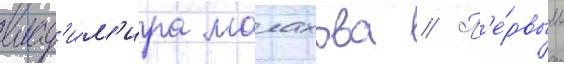
влад'и́м'ира малахова // П'е́рвым